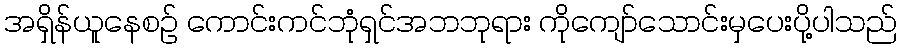
အရှိန်ယူနေစဉ် ကောင်းကင်ဘုံရှင်အဘဘုရား ကိုကျော်သောင်းမှပေးပို့ပါသည်